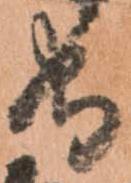
守